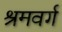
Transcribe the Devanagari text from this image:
श्रमवर्ग